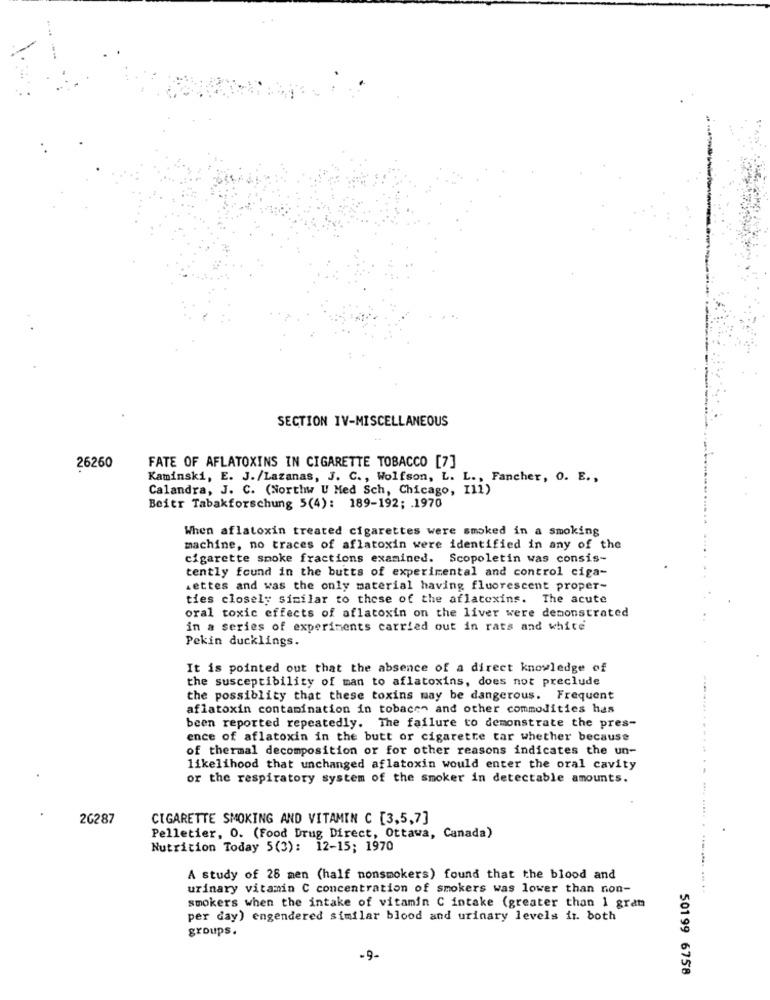
SECTION IV-MISCELLANEOUS
FATE OF AFLATOXINS IN CIGARETTE TOBACCO [7]
26260
Kaminski, E. J./Lazanas, J. C ., Wolfson, L. L ., Fancher, 0. E .,
Calandra, J. C. (Northw U Med Sch, Chicago, I11)
Beitr Tabakforschung 5(4): 189-192; . 1970
When aflatoxin treated cigarettes were smoked in a smoking
machine, no traces of aflatoxin were identified in any of the
cigarette smoke fractions examined. Scopoletin was consis-
tently found in the butts of experimental and control ciga-
Lettes and was the only material having fluorescent proper-
ties closely similar to those of the aflatoxins. The acute
oral toxic effects of aflatoxin on the liver were demonstrated
in a series of experiments carried out in rats and white
Pekin ducklings.
It is pointed out that the absence of a direct knowledge of
the susceptibility of man to aflatoxins, does not preclude
the possiblity that these toxins may be dangerous. Frequent
aflatoxin contamination in tobacen and other commodities has
been reported repeatedly. The failure to demonstrate the pres-
ence of aflatoxin in the butt or cigarette tar whether because
of thermal decomposition or for other reasons indicates the un-
likelihood that unchanged aflatoxin would enter the oral cavity
or the respiratory system of the smoker in detectable amounts.
26287
CIGARETTE SMOKING AND VITAMIN C [3,5,7]
Pelletier, O. (Food Drug Direct, Ottawa, Canada)
Nutrition Today 5(3): 12-15; 1970
A study of 28 men (half nonsmokers) found that the blood and
urinary vitamin C concentration of smokers was lower than non-
smokers when the intake of vitamin C intake (greater than 1 gram
per day) engendered similar blood and urinary levels ir. both
groups.
-9-
50199 6758